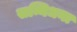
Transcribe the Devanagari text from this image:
सन्निधना